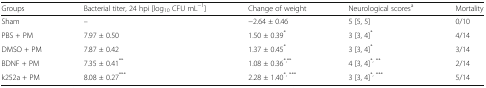
| Groups | Bacterial titer, 24 hpi [log10 CFU mL−1] | Change of weight | Neurological scoresa | Mortality |
 | --- | --- | --- | --- | --- |
 | Sham | – | −2.64 ± 0.46 | 5 [5, 5] | 0/10 |
 | PBS + PM | 7.97 ± 0.50 | 1.50 ± 0.39* | 3 [3, 4]* | 4/14 |
 | DMSO + PM | 7.87 ± 0.42 | 1.37 ± 0.45* | 3 [3, 4]* | 3/14 |
 | BDNF + PM | 7.35 ± 0.41** | 1.08 ± 0.36*,** | 4 [3, 4]*, ** | 2/14 |
 | k252a + PM | 8.08 ± 0.27*** | 2.28 ± 1.40*, *** | 3 [3, 4]*, *** | 5/14 |